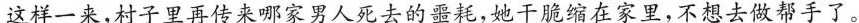
这样一来,村子里再传来哪家男人死去的噩耗,她干脆缩在家里,不想去做帮手了